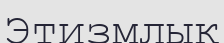
Этизмлық